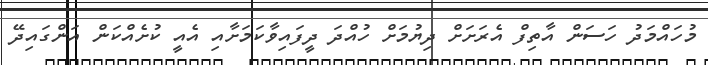
މުހައްމަދު ހަސަން އާތިފް އެރަށަށް ދިޔުމަށް ހުއްދަ ދީފައިވާކަމަށާއި އެއީ ކުށެއްކަން އަންގައިދޭ